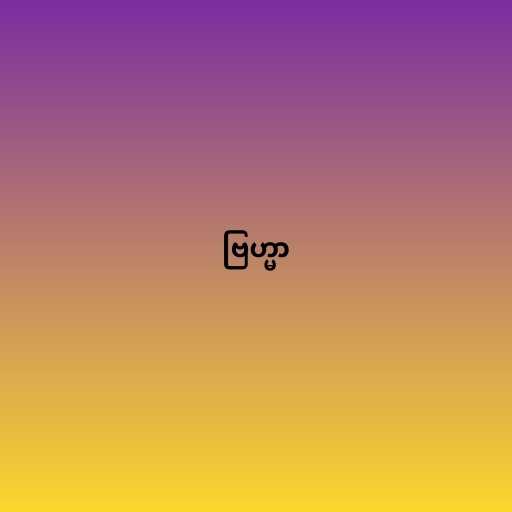
ဗြဟ္မာ